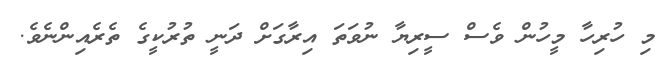
މި ހުރިހާ މީހުން ވެސް ސީރިޔާ ނުވަތަ އިރާގަށް ދަނީ ތުރުކީގެ ތެރެއިންނެވެ.